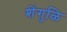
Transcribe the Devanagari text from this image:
शेंगुळि